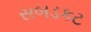
સબડકટ